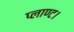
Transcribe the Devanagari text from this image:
प्लाण्ट।